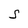
Character: S